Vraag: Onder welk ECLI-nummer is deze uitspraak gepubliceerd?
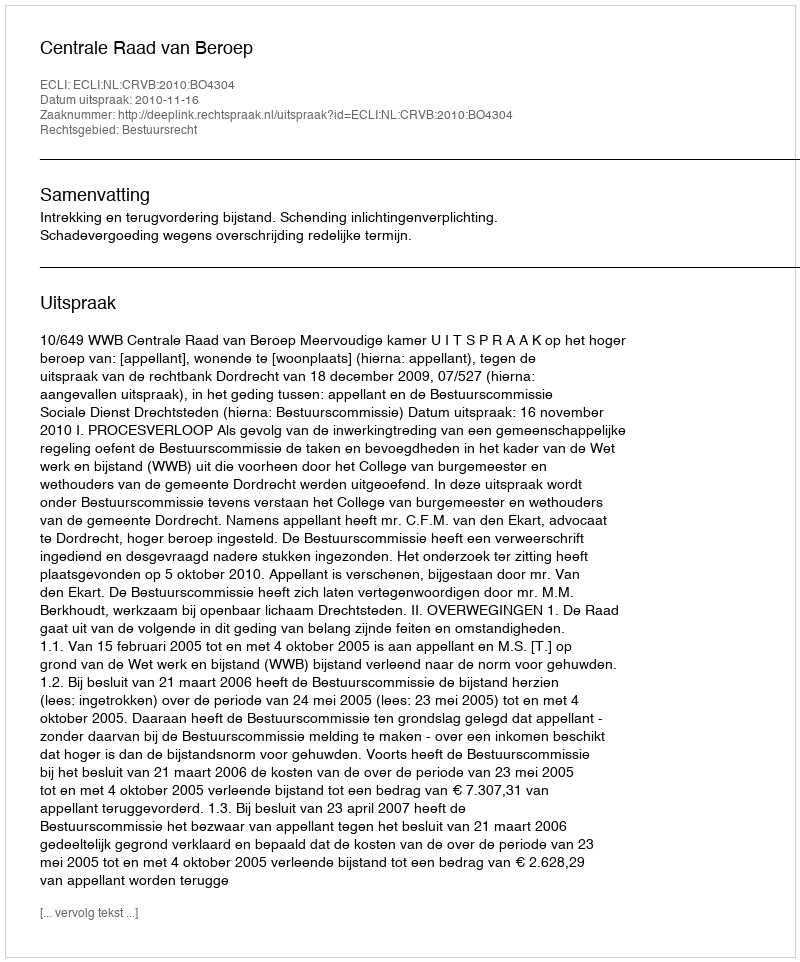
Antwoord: ECLI:NL:CRVB:2010:BO4304